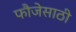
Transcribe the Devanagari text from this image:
फौजेसाठी